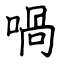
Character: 喎